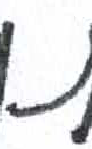
אות: נ